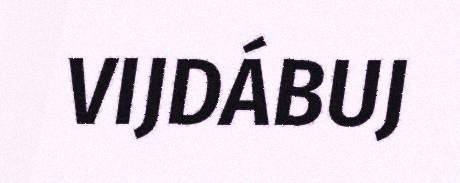
VIJDÁBUJ